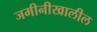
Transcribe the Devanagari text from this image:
जमीनीखालील